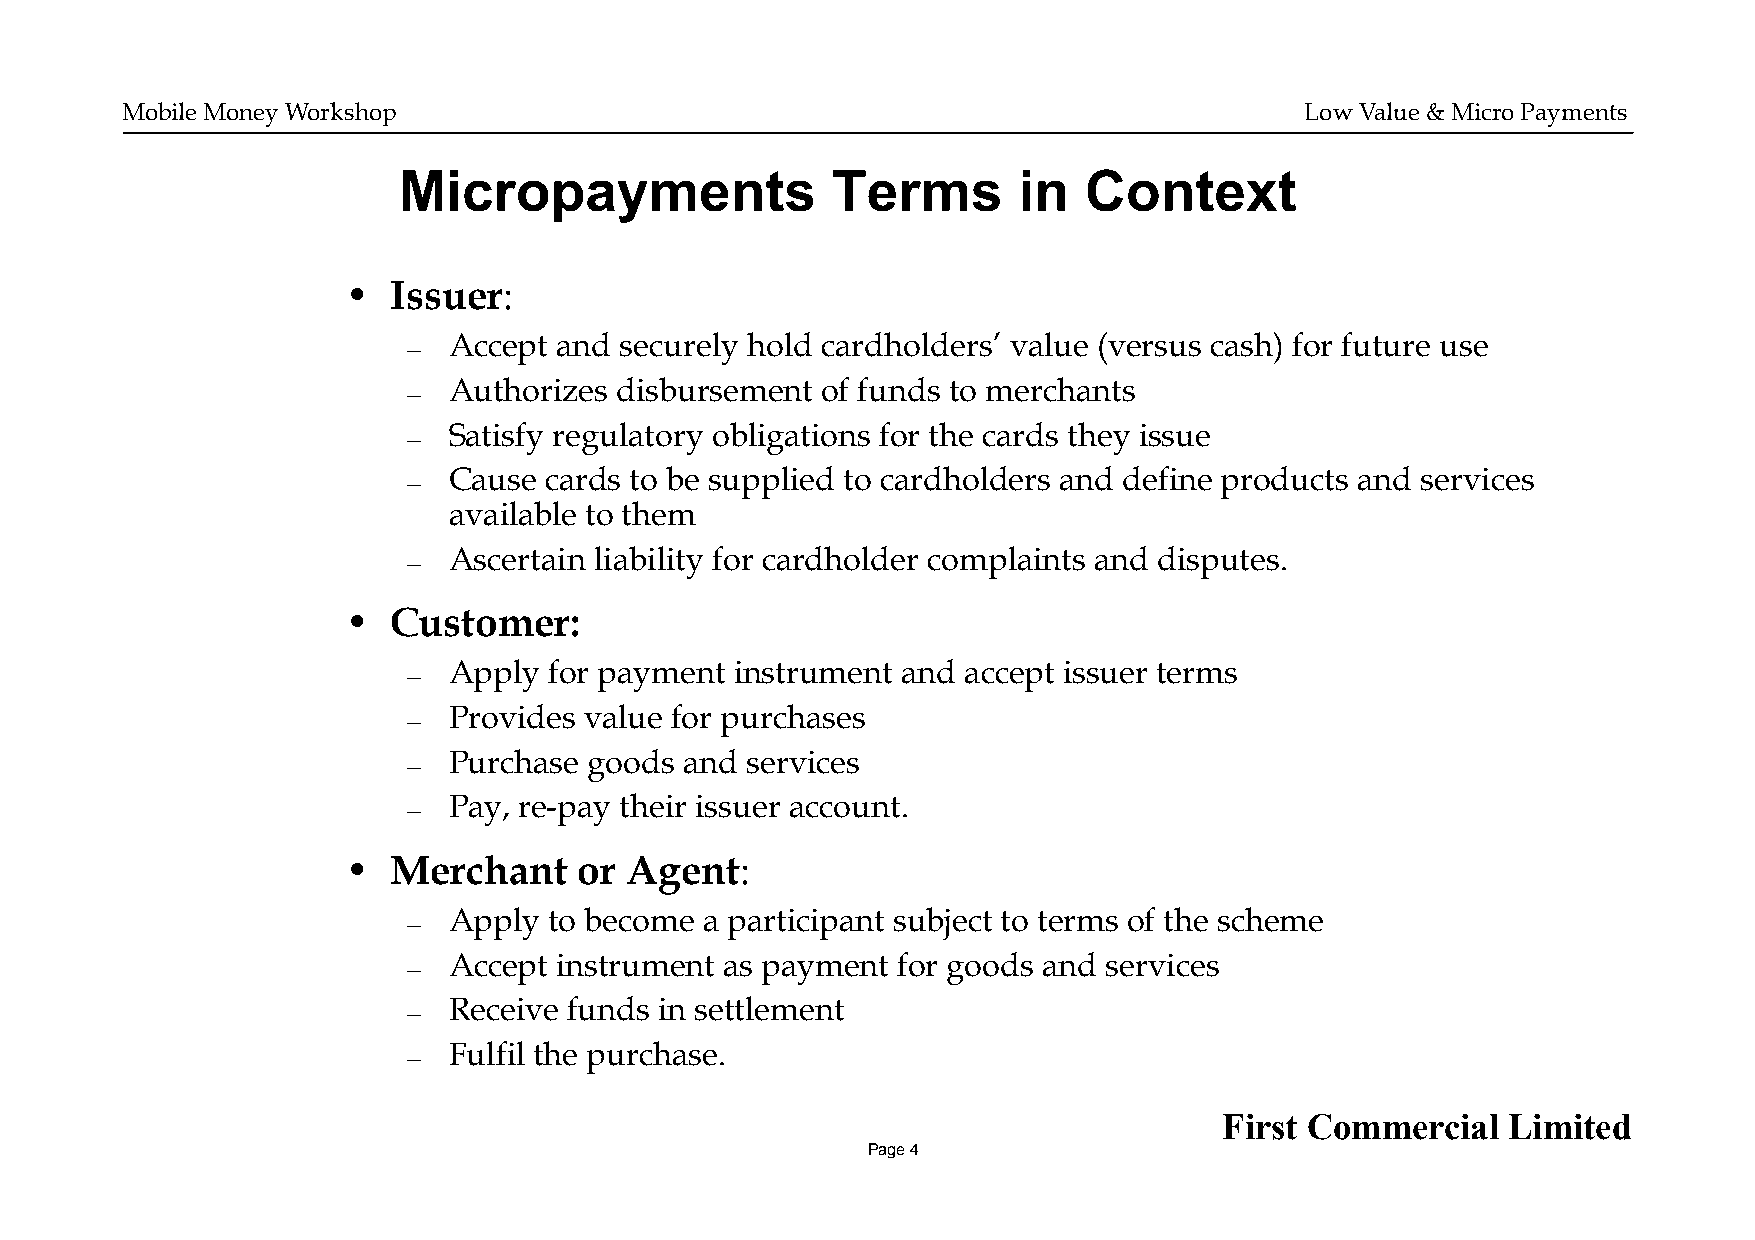
Mobile Money Workshop                                                         Low Value & Micro Payments
 Micropayments                Terms       in   Context
 •  Issuer:
 Accept and securely hold cardholders’ value (versus cash) for future use
 —
 Authorizes disbursement of funds to merchants
 —
 Satisfy regulatory obligations for the cards they issue
 —
 Cause cards to be supplied to cardholders and define products and services
 —
 available to them
 Ascertain liability for cardholder complaints and disputes.
 —
 •  Customer:
 Apply for payment  instrument and accept issuer terms
 —
 Provides value for purchases
 —
 Purchase goods and services
 —
 Pay, re-pay their issuer account.
 —
 •  Merchant    or Agent:
 Apply to become  a participant subject to terms of the scheme
 —
 Accept instrument as payment for goods and services
 —
 Receive funds in settlement
 —
 Fulfil the purchase.
 —
 First Commercial   Limited
 Page 4